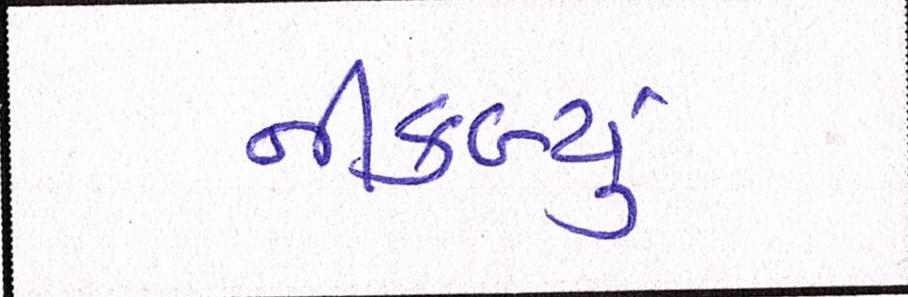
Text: નીકળ્યું